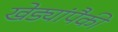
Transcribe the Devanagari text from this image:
खेड्यांपैकी